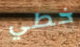
خطي